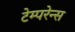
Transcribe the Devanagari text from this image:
टेम्परेन्स